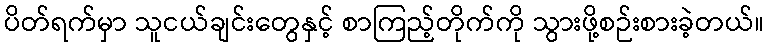
ပိတ်ရက်မှာ သူငယ်ချင်းတွေနှင့် စာကြည့်တိုက်ကို သွားဖို့စဉ်းစားခဲ့တယ်။